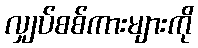
လျှပ်စစ်ကားများကို